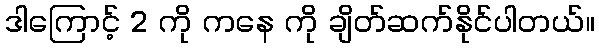
ဒါကြောင့် 2 ကို ကနေ ကို ချိတ်ဆက်နိုင်ပါတယ်။